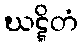
ဃဋ္ဋိတံ